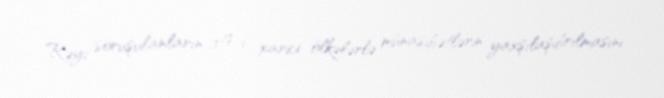
Rəyi soruşulanların 10%-i xarici ölkələrlə münasibətlərin yaxşılaşdırılmasını,